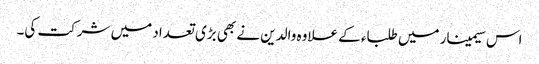
اس سیمینار میں طلباء کے علاوہ والدین نے بھی بڑی تعداد میں شرکت کی۔